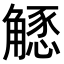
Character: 𧤶